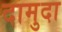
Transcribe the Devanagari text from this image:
दामुदा